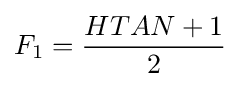
F_{1}={\frac {HTAN+1}{2}}